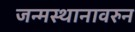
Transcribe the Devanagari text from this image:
जन्मस्थानावरुन